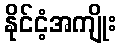
နိုင်ငံ့အကျိုး